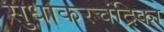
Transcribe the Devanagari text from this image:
सुधाकरचंद्रिका